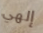
إلهي